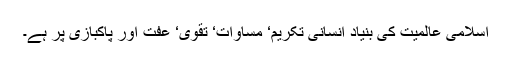
اسلامی عالمیت کی بنیاد انسانی تکریم‘ مساوات‘ تقویٰ‘ عفت اور پاکبازی پر ہے۔